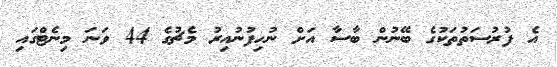
އެ ފުރުސަތުތަކުގެ ބޭނުން ބާސާ އަށް ނުހިފުނުއިރު މެޗުގެ 44 ވަނަ މިނެޓްގައި